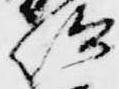
仰